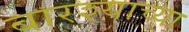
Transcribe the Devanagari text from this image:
बारश्याच्या